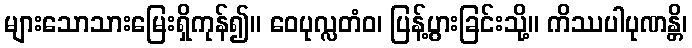
များသောသားမြေးရှိကုန်၍။ ဝေပုလ္လတံဝ၊ ပြန့်ပွားခြင်းသို့။ ကိဿပါပုဏန္တိ၊